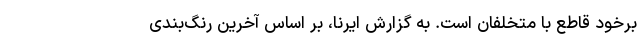
برخود قاطع با مُتخلفان است. به گزارش ایرنا، بر اساس آخرین رنگ‌بندی